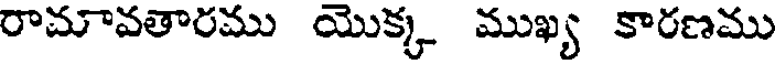
రామావతారము యొక్క ముఖ్య కారణము